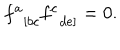
LaTeX: f _ { \; \; \left[ b c \right. } ^ { a } f _ { \; \; \left. d e \right] } ^ { c } = 0 .